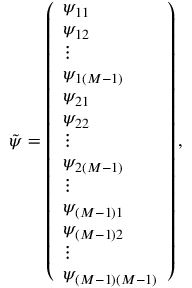
\tilde { \psi } = \left( \begin{array} { l } { \psi _ { 1 1 } } \\ { \psi _ { 1 2 } } \\ { \vdots } \\ { \psi _ { 1 \left( M - 1 \right) } } \\ { \psi _ { 2 1 } } \\ { \psi _ { 2 2 } } \\ { \vdots } \\ { \psi _ { 2 \left( M - 1 \right) } } \\ { \vdots } \\ { \psi _ { \left( M - 1 \right) 1 } } \\ { \psi _ { \left( M - 1 \right) 2 } } \\ { \vdots } \\ { \psi _ { \left( M - 1 \right) \left( M - 1 \right) } } \end{array} \right) ,